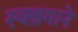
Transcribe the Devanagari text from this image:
स्वश्रमाने